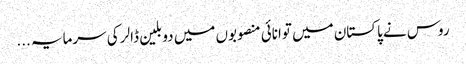
روس نے پاکستان میں توانائی منصوبوں میں دو بلین ڈالر کی سرمایہ ...